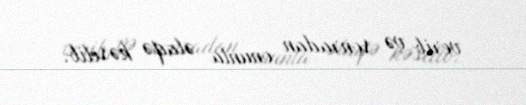
verib və sonradan onunla əlaqə kəsilib.